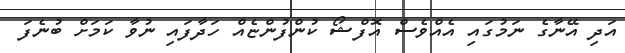
އަދި އޭނާގެ ނަމުގައި އެއްވެސް އޮފްޝޯ ކުންފުންޏެއް ހަދާފައި ނުވާ ކަމަށް ބުނެފަ